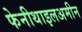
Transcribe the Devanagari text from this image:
फेनीथाइलअमीन